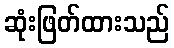
ဆုံးဖြတ်ထားသည်